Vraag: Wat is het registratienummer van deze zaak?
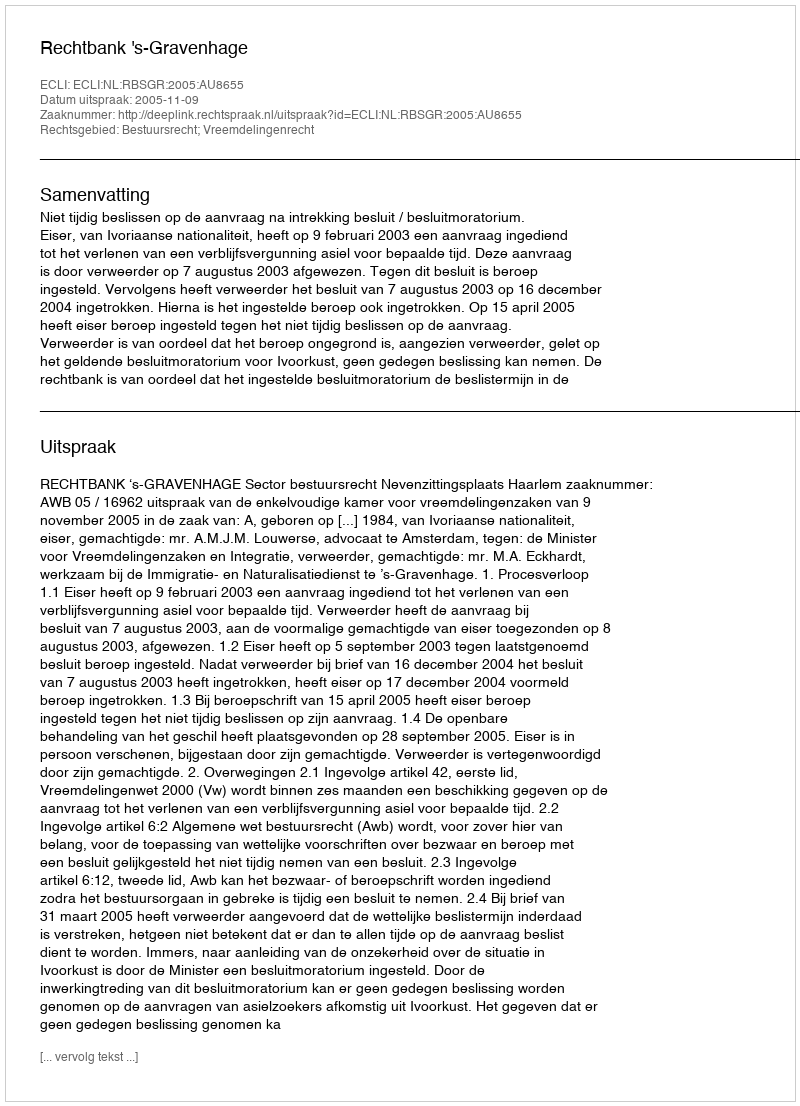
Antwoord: http://deeplink.rechtspraak.nl/uitspraak?id=ECLI:NL:RBSGR:2005:AU8655